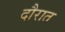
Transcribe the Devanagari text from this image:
दौरात